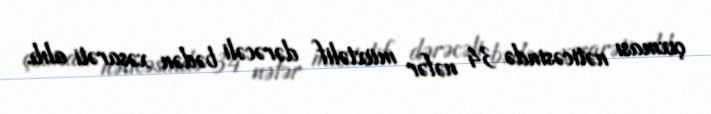
çıxması nəticəsində 34 nəfər müxtəlif dərəcəli bədən xəsarəti alıb.